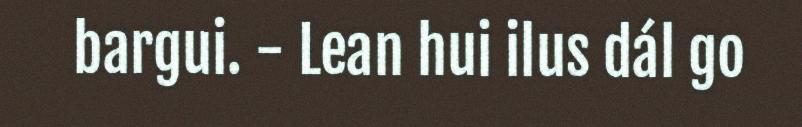
bargui. - Lean hui ilus dál go